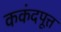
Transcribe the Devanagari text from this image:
ककंदपूत्त